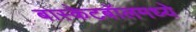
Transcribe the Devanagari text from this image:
बास्केटबॉलमध्ये